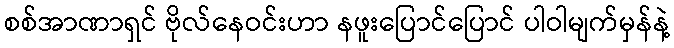
စစ်အာဏာရှင် ဗိုလ်နေဝင်းဟာ နဖူးပြောင်ပြောင် ပါဝါမျက်မှန်နဲ့